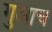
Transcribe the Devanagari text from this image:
गुआच